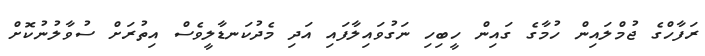
ރަފާހްގެ ޖުމްލައިން ހުމާގެ ގައިން ހީބިހި ނަގުވައިލާފައި އަދި މެދުކަނޑާލީވެސް އިތުރަށް ސުވާލުނުކޮށް